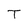
Character: T